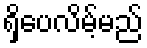
ရှိပေလိမ့်မည်